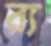
ব্য